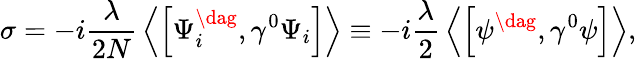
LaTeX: \sigma=-i{\frac{\lambda}{2N}}\left\langle\left[\Psi_{i}^{\dag},{\gamma}^{0}\Psi_{i}\right]\right\rangle\equiv-i{\frac{\lambda}{2}}\left\langle\left[\psi^{\dag},{\gamma}^{0}\psi\right]\right\rangle,